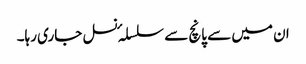
ان میں سے پانچ سے سلسلہٴ نسل جاری رہا۔